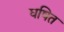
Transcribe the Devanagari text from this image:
घषित